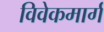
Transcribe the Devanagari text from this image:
विवेकमार्ग